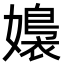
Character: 嬝